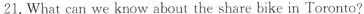
21.Whatcan we know about the share bike in Toronto?